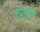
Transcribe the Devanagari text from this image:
डयूआन